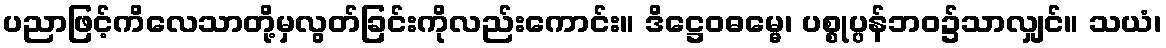
ပညာဖြင့်ကိလေသာတို့မှလွတ်ခြင်းကိုလည်းကောင်း။ ဒိဋ္ဌေဝဓမ္မေ၊ ပစ္စုပ္ပန်ဘဝ၌သာလျှင်။ သယံ၊